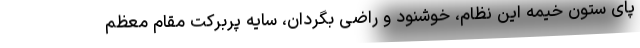
پای ستون خیمه این نظام، خوشنود و راضی بگردان، سایه پربرکت مقام معظم